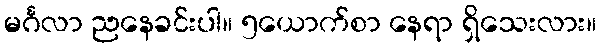
မင်္ဂလာ ညနေခင်းပါ။ ၅ယောက်စာ နေရာ ရှိသေးလား။